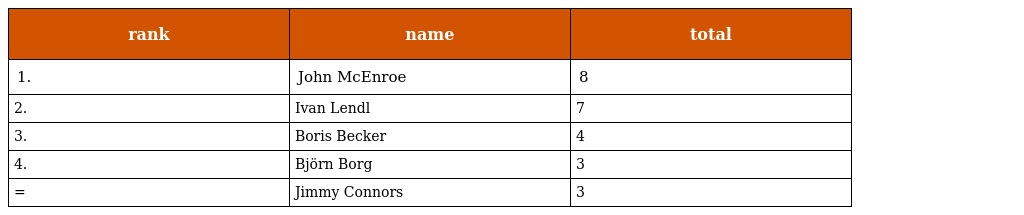
| rank | name | total |
 | --- | --- | --- |
 | 1. | John McEnroe | 8 |
 | 2. | Ivan Lendl | 7 |
 | 3. | Boris Becker | 4 |
 | 4. | Björn Borg | 3 |
 | = | Jimmy Connors | 3 |